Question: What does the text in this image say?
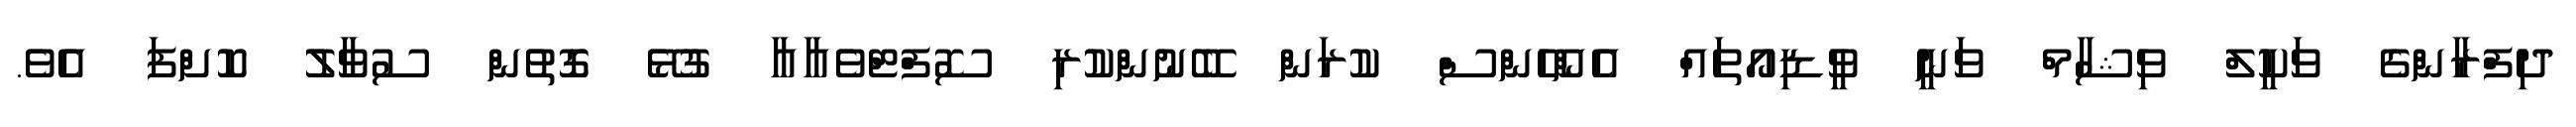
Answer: ދިފްރާންގެ ވަކީލް ވިޝާމް ވަނީ ވީޑިއޯތައް އެންހޭންސް ކުރަން ބޭނުންކުރި ސޮފްޓްވެއާއާ ގުޅޭ ގޮތުން ސުވާލު ކޮށްފަ އެވެ.